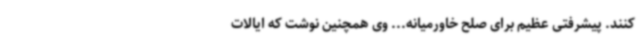
کنند. پیشرفتی عظیم برای صلح خاورمیانه... وی همچنین نوشت که ایالات